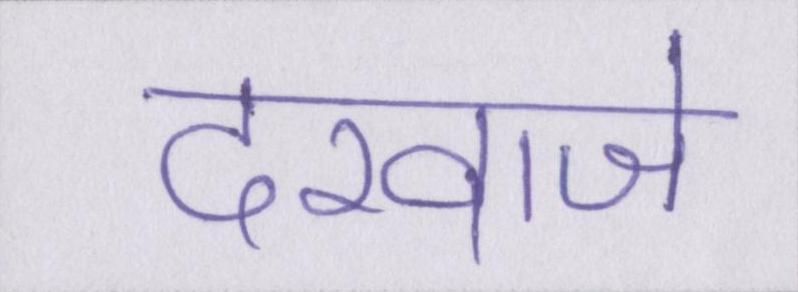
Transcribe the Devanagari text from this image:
दरवाजे